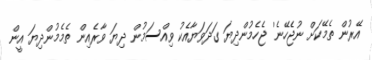
އޭރުން ތެމޭކަށް ނުޖެހޭނެ' ޖެހެމުންދިޔަ ގަދަވަޔާއެކު ވިއްސަމުން ދިޔަ ވާރެއިން ތެމެމުންދިޔަ އީން